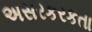
અસરકરકતા